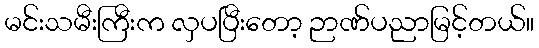
မင်းသမီးကြီးက လှပပြီးတော့ ဉာဏ်ပညာမြင့်တယ်။